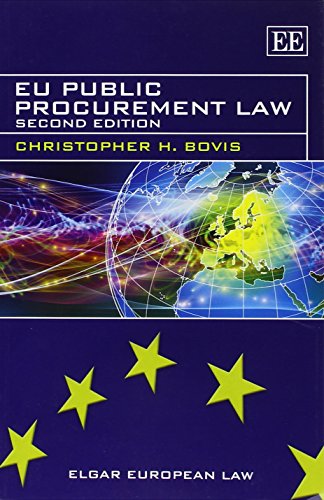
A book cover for EU Public Procurement Law (Elgar European Law series); Christopher H. Bovis; Law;